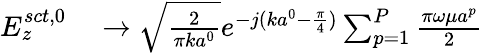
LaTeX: \begin{array}{rl}{E_{z}^{sct,0}}&{{}\rightarrow\sqrt{\frac{2}{\pi ka^{0}}}e^{-j(ka^{0}-{\frac{\pi}{4}})}\sum_{p=1}^{P}{\frac{\pi\omega\mu a^{p}}{2}}}\end{array}